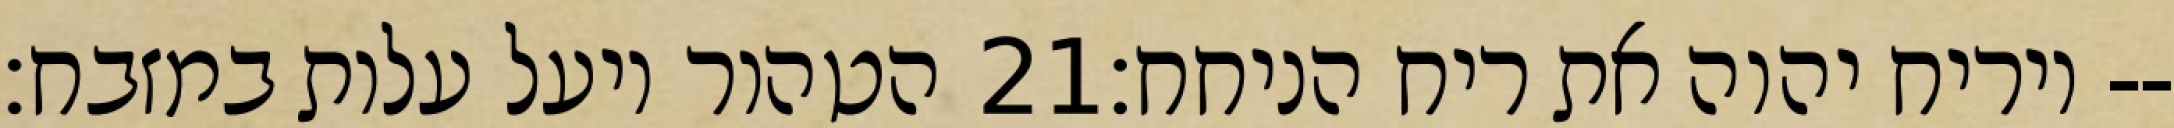
הטהור ויעל עלות במזבח׃ ‎21‏ ויריח יהוה את ריח הניחח׃--